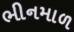
ભીનમાળ